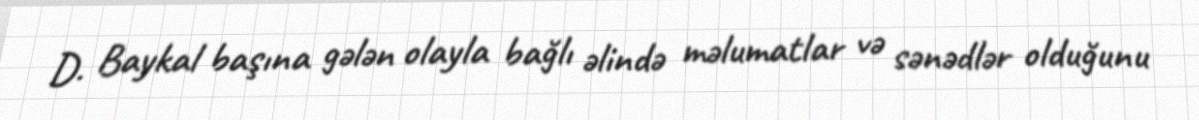
D. Baykal başına gələn olayla bağlı əlində məlumatlar və sənədlər olduğunu